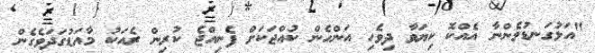
"އަޅުގަނޑުމެންނާ އެއްކޮ ކިޔަވާ ދިވެހި އަންހެން ކުއްޖަކަށް ފެނިއްޖެ ކުރިން ރެއަކު މާއަޑުގަދަވެގެން